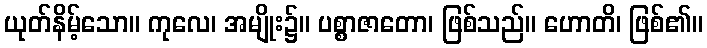
ယုတ်နိမ့်သော။ ကုလေ၊ အမျိုး၌။ ပစ္စာဇာတော၊ ဖြစ်သည်။ ဟောတိ၊ ဖြစ်၏။